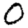
Digit: 0